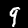
Digit: 9